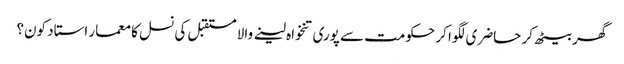
گھر بیٹھ کر حاضری لگوا کر حکومت سے پوری تنخواہ لینے والا مستقبل کی نسل کا معمار استاد کون؟